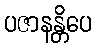
ပဇာနန္တိပေ